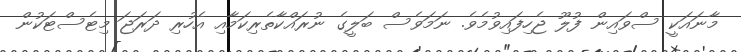
މާނައަކީ ސްވައިން ފުލޫ ޖެހިފައިވުމެވެ. ނަމަވެސް ބަލީގެ ނުރައްކާތެރިކަމާއި އެހުރި ދަރަޖަ މިޓެސްޓަކުން